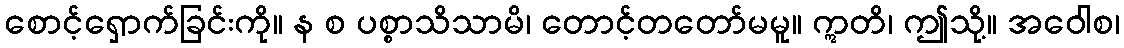
စောင့်ရှောက်ခြင်းကို။ န စ ပစ္စာသိသာမိ၊ တောင့်တတော်မမူ။ ဣတိ၊ ဤသို့။ အဝေါစ၊